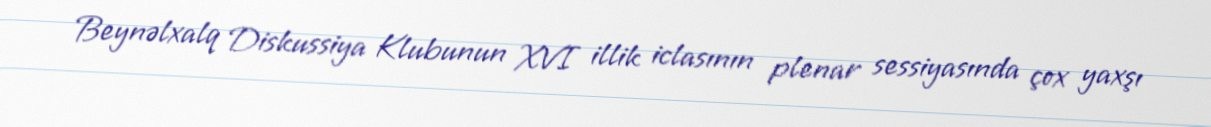
Beynəlxalq Diskussiya Klubunun XVI illik iclasının plenar sessiyasında çox yaxşı